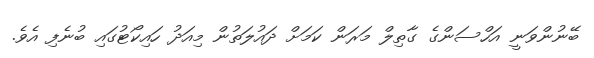
ބޭނުންވަނީ އަހްސަންގެ ގާތިލް މަރަން ކަމަށް ދައުލަތުން މިއަދު ހައިކޯޓުގައި ބުނެފި އެވެ.